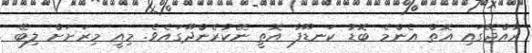
ރާއްޖޭގައި އޮތް އެންމެ ބޮޑު ކަނޑޫފާ އޮތީ ނޭކުރެންދޫގައެވެ. މިއީ މިރަށަށް ލިބޭ